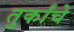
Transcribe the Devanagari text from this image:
तुर्कांचे